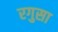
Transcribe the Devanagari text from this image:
रगुसा